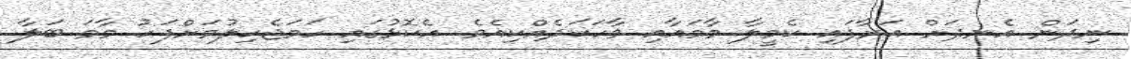
ނިދަން އެނދަށް އަރާފައި ކެމީލާ މާމައާއި ވާހަކަދެއްކިއެވެ. އެކޮޅުގައި ހަމަޖެހިލުމަށްފަހު މާމަ ބަލާ